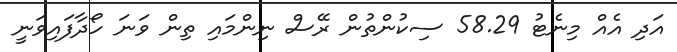
އަދި އެއް މިނެޓު 58.29 ސިކުންތުން ރޭސް ނިންމައި ތިން ވަނަ ހޯދާފައިވަނީ